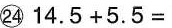
㉔$$414.5+5.5= $$